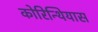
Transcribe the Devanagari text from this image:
कोरिन्थियास